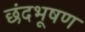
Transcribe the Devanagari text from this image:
छंदभूषण